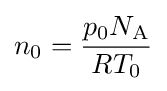
n_{0}={\frac {p_{0}N_{\text{A}}}{RT_{0}}}